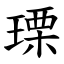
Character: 瑮